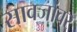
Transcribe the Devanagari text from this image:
सावजांवर